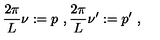
\frac { 2 \pi } { L } \nu : = p \ , \frac { 2 \pi } { L } \nu ^ { \prime } : = p ^ { \prime } \ ,